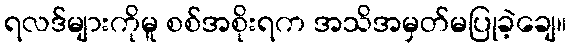
ရလဒ်များကိုမူ စစ်အစိုးရက အသိအမှတ်မပြုခဲ့ချေ။